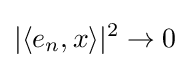
|\langle e_{n},x\rangle |^{2}\rightarrow 0